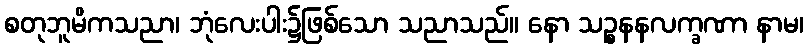
စတုဘူမိကသညာ၊ ဘုံလေးပါး၌ဖြစ်သော သညာသည်။ နော သဉ္စနနလက္ခဏာ နာမ၊